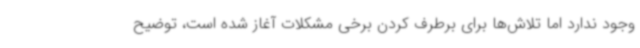
وجود ندارد اما تلاش‌ها برای برطرف کردن برخی مشکلات آغاز شده است، توضیح